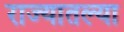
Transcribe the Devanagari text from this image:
राज्‍यातल्‍या